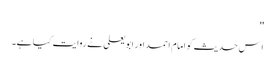
''
اِس حدیث کو امام احمد اور ابو یعلی نے روایت کیا ہے۔